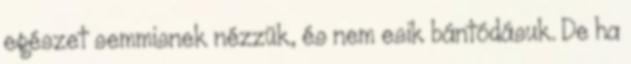
egészet semmisnek nézzük, és nem esik bántódásuk. De ha